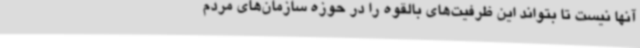
آنها نیست تا بتواند این ظرفیت‌های بالقوه را در حوزه سازمان‌های مردم